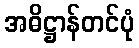
အဓိဋ္ဌာန်တင်ပုံ